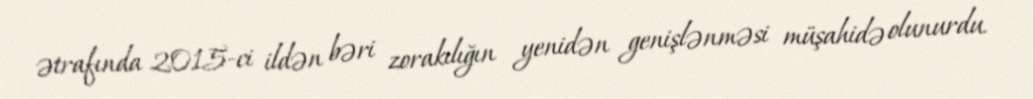
ətrafında 2015-ci ildən bəri zorakılığın yenidən genişlənməsi müşahidə olunurdu.